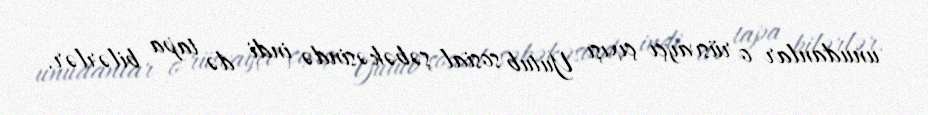
unudanlar o rüsvayçı çıxışı Yutub sosial şəbəkəsində indi də tapa bilərlər.